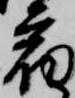
宿